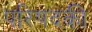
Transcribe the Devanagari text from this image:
परिषदकी